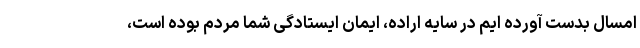
امسال بدست آورده ایم در سایه اراده، ایمان ایستادگی شما مردم بوده است،